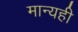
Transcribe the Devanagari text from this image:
मान्यही